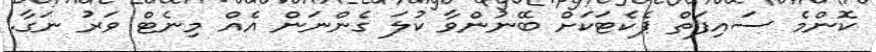
ކޮންމެ ސައިފަތް ޕެކެޓަކަށް ބޭނުންވާ ކުލަ ގެންނަން އެއް މިނެޓް ވަރު ނަގާ.